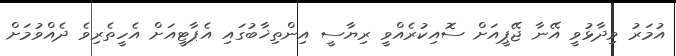
އުމަރު ވިދާޅުވީ އޭނާ ޖޭޕީއަށް ސޮއިކުރެއްވީ ރިޔާސީ އިންތިޚާބުގައި އެޕާޓީއަށް އެހީތެރިވެ ދެއްވުމަށް